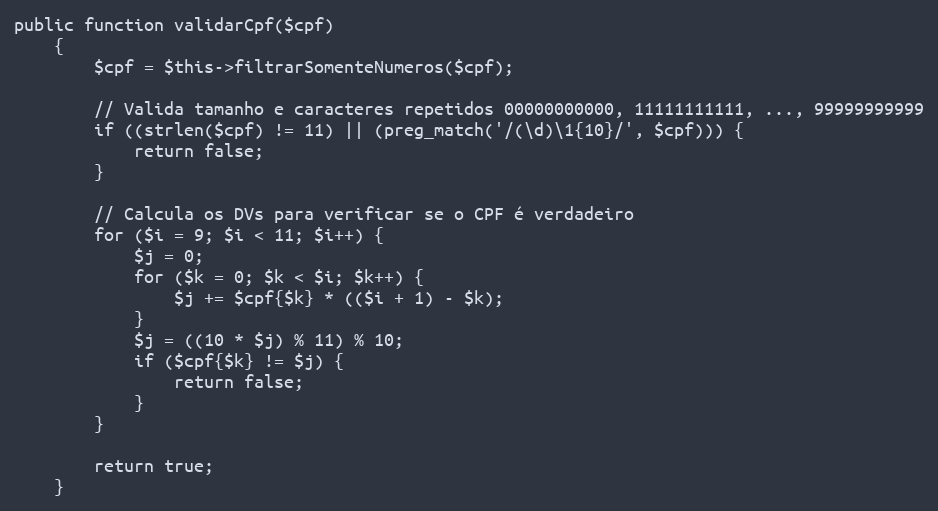
Language: PHP
public function validarCpf($cpf)
    {
        $cpf = $this->filtrarSomenteNumeros($cpf);

        // Valida tamanho e caracteres repetidos 00000000000, 11111111111, ..., 99999999999
        if ((strlen($cpf) != 11) || (preg_match('/(\d)\1{10}/', $cpf))) {
            return false;
        }

        // Calcula os DVs para verificar se o CPF é verdadeiro
        for ($i = 9; $i < 11; $i++) {
            $j = 0;
            for ($k = 0; $k < $i; $k++) {
                $j += $cpf{$k} * (($i + 1) - $k);
            }
            $j = ((10 * $j) % 11) % 10;
            if ($cpf{$k} != $j) {
                return false;
            }
        }

        return true;
    }